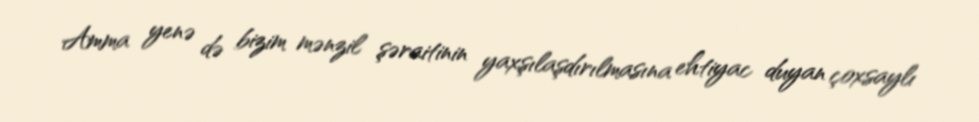
Amma yenə də bizim mənzil şəraitinin yaxşılaşdırılmasına ehtiyac duyan çoxsaylı